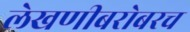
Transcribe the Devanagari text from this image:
लेखणीबरोबरच